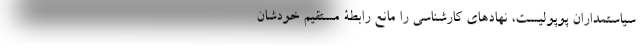
سیاستمداران پوپولیست، نهادهای کارشناسی را مانع رابطۀ مستقیم خودشان